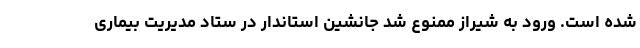
شده است. ورود به شیراز ممنوع شد جانشین استاندار در ستاد مدیریت بیماری